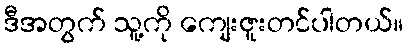
ဒီအတွက် သူ့ကို ကျေးဇူးတင်ပါတယ်။